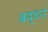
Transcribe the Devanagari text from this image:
श्रद्धने